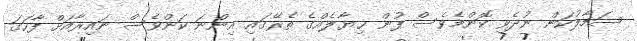
ސަމާލުކަން ނުދެވި ކޮންމެވެސް ފުން ޚިޔާލެއްގެ ތެރޭގައި އިންނަ ކަންވެސް ނައިރާއަށް ފާހަގަ